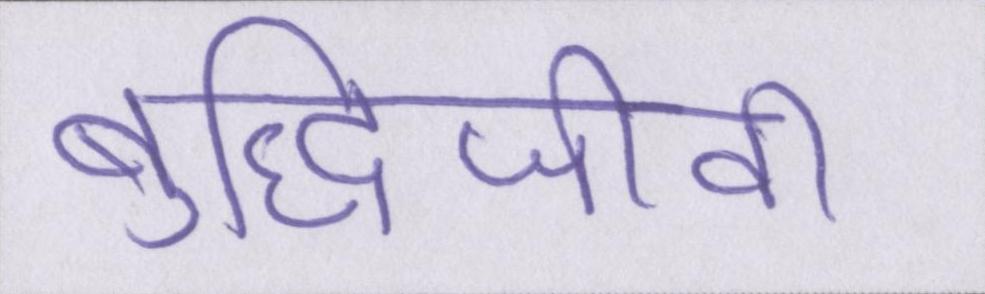
बुद्धिजीवी